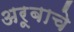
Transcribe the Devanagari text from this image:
अरूबाचे